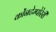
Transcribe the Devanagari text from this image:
कोंनटेम्पोरेरी